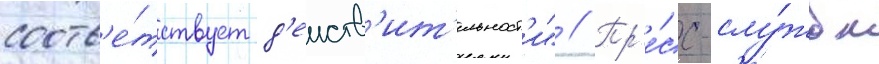
соотв'е́тствует д'еиств'ит'ельност'и" // Пр'е́сс-слу́жба